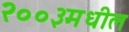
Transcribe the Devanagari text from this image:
२००३मधील